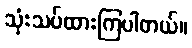
သုံးသပ်ထားကြပါတယ်။